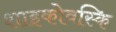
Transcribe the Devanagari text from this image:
शाइकोवस्कि